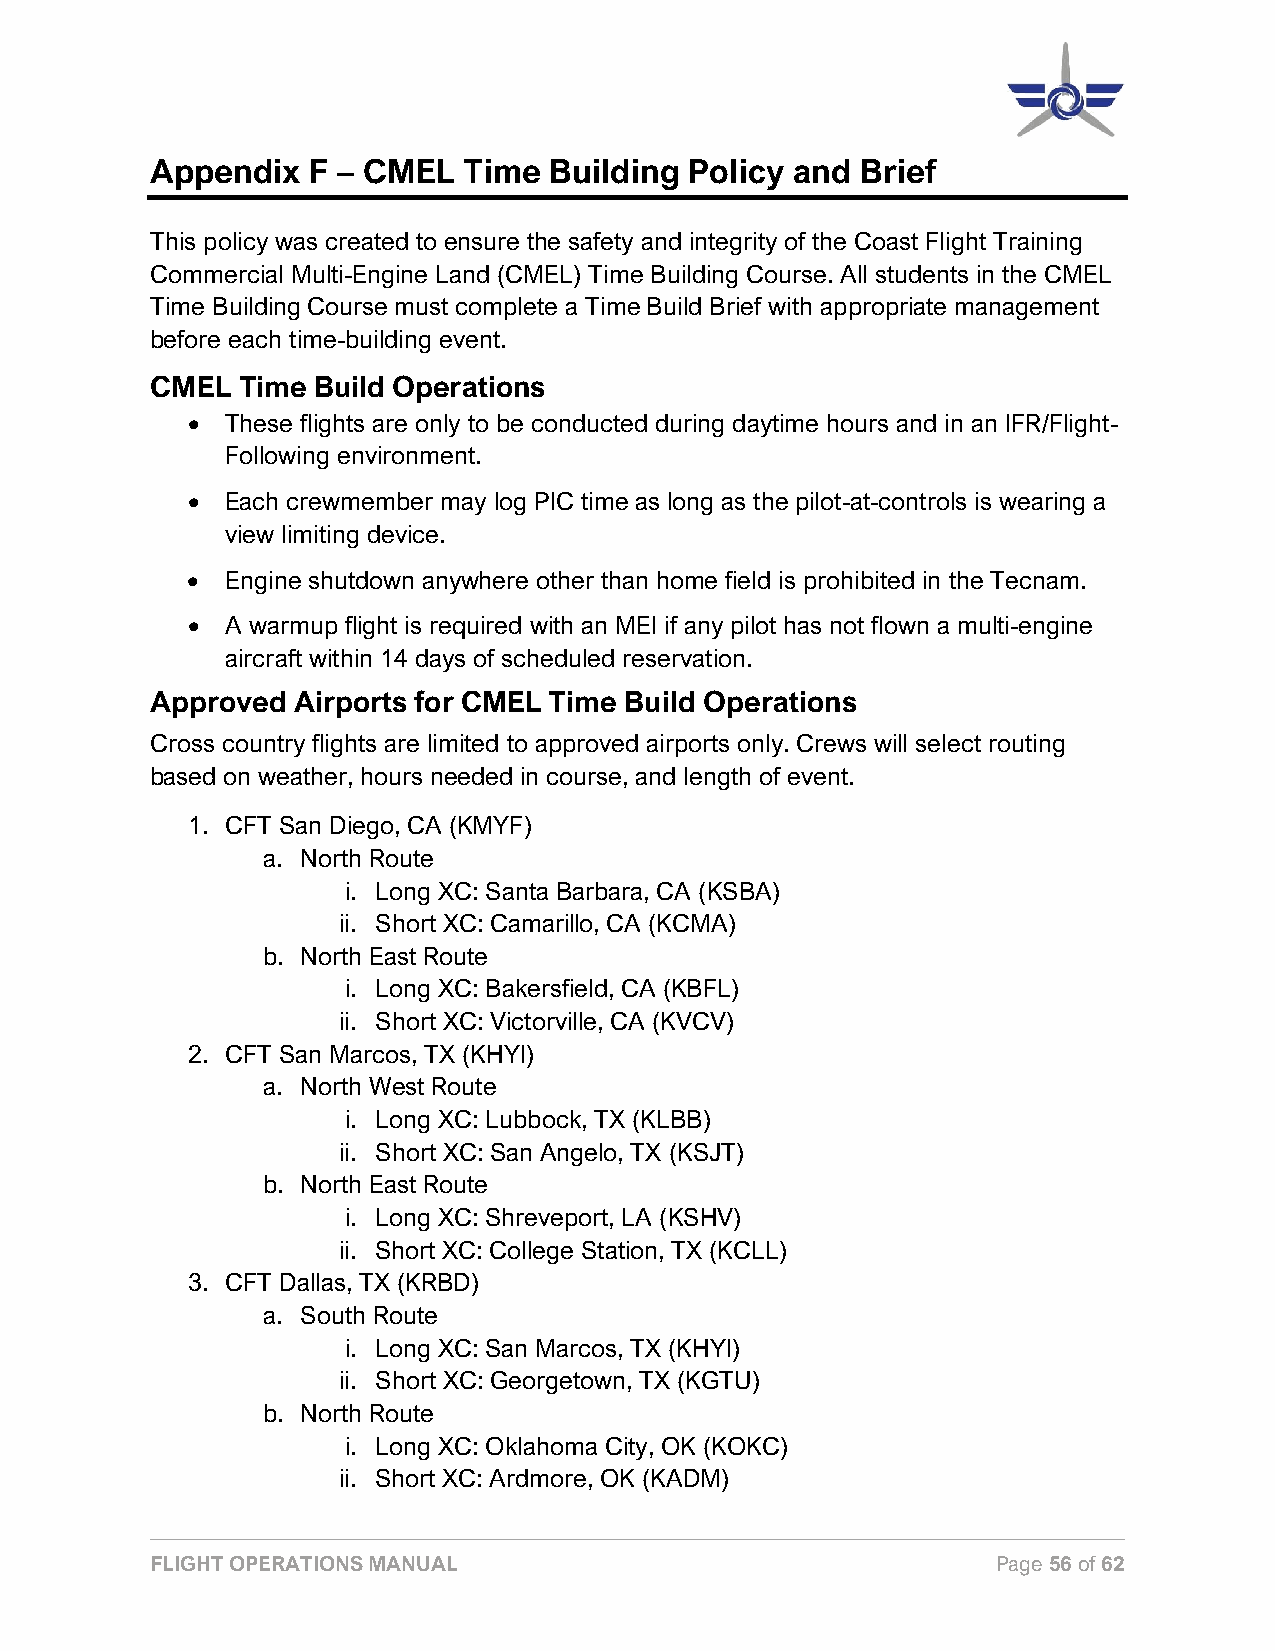
Appendix  F – CMEL   Time Building  Policy and Brief
 This policy was created to ensure the safety and integrity of the Coast Flight Training
 Commercial Multi-Engine Land (CMEL) Time Building Course. All students in the CMEL
 Time Building Course must complete a Time Build Brief with appropriate management
 before each time-building event.
 CMEL  Time Build Operations
 •  These flights are only to be conducted during daytime hours and in an IFR/Flight-
 Following environment.
 •  Each crewmember may log PIC time as long as the pilot-at-controls is wearing a
 view limiting device.
 •  Engine shutdown anywhere other than home field is prohibited in the Tecnam.
 •  A warmup flight is required with an MEI if any pilot has not flown a multi-engine
 aircraft within 14 days of scheduled reservation.
 Approved Airports for CMEL Time Build Operations
 Cross country flights are limited to approved airports only. Crews will select routing
 based on weather, hours needed in course, and length of event.
 1. CFT San Diego, CA (KMYF)
 a. North Route
 i. Long XC: Santa Barbara, CA (KSBA)
 ii. Short XC: Camarillo, CA (KCMA)
 b. North East Route
 i. Long XC: Bakersfield, CA (KBFL)
 ii. Short XC: Victorville, CA (KVCV)
 2. CFT San Marcos, TX (KHYI)
 a. North West Route
 i. Long XC: Lubbock, TX (KLBB)
 ii. Short XC: San Angelo, TX (KSJT)
 b. North East Route
 i. Long XC: Shreveport, LA (KSHV)
 ii. Short XC: College Station, TX (KCLL)
 3. CFT Dallas, TX (KRBD)
 a. South Route
 i. Long XC: San Marcos, TX (KHYI)
 ii. Short XC: Georgetown, TX (KGTU)
 b. North Route
 i. Long XC: Oklahoma City, OK (KOKC)
 ii. Short XC: Ardmore, OK (KADM)
 FLIGHT OPERATIONS MANUAL                                Page 56 of 62